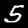
Digit: 5